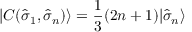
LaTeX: | C ( { \hat { \sigma } } _ { 1 } , { \hat { \sigma } } _ { n } ) \rangle = \frac { 1 } { 3 } ( 2 n + 1 ) | { \hat { \sigma } } _ { n } \rangle